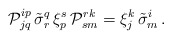
\begin{align*}{\cal P}_{jq}^{ip}\,\tilde{\sigma}^q_r\,\xi ^s_p\,{\cal P}_{sm}^{rk}=\xi ^k_j\,\tilde{\sigma}^i_m\,. \end{align*}